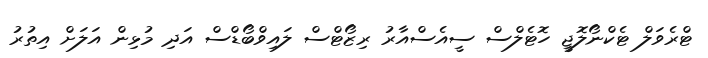
ޓްރެވަލް ޓެކްނޯލޮޖީ ހޮޓެލްސް ސީއެސްއާރު ރިޒޯޓްސް ލައިވްބޯޑްސް އަދި މުޅިން އަލަށް އިތުރު